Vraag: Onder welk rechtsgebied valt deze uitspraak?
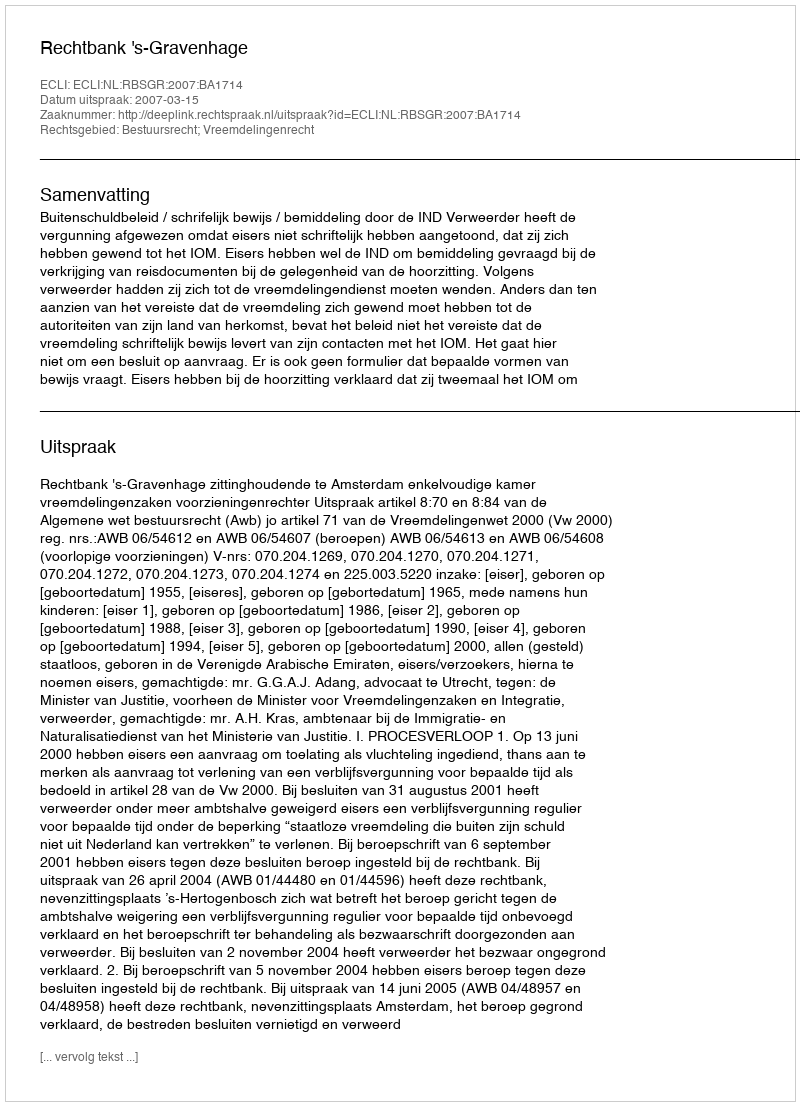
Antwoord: Bestuursrecht; Vreemdelingenrecht